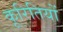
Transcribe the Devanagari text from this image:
कूरितियों